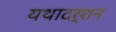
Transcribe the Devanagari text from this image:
यथादर्शन